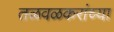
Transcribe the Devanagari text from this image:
तळवळकरांच्या